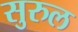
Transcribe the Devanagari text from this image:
सुरुल